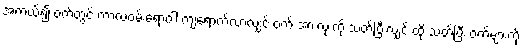
အကယ်၍ ဝက်တွင် ကာလဝမ်းရောဂါ ကျရောက်လာလျှင် ဝက် အားလုံးကို သတ်ပြီးလျှင် ထို သတ်ပြီး ဝက်များကို